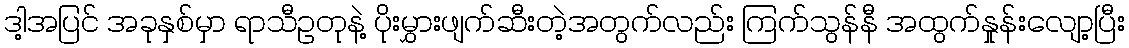
ဒါ့အပြင် အခုနှစ်မှာ ရာသီဥတုနဲ့ ပိုးမွှားဖျက်ဆီးတဲ့အတွက်လည်း ကြက်သွန်နီ အထွက်နှုန်းလျော့ပြီး